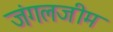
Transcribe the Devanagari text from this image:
जंगलजीम